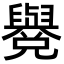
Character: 𦦳